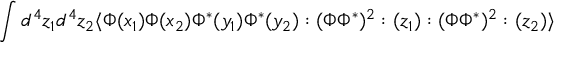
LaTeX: \int d ^ { 4 } z _ { 1 } d ^ { 4 } z _ { 2 } \langle \Phi ( x _ { 1 } ) \Phi ( x _ { 2 } ) \Phi ^ { * } ( y _ { 1 } ) \Phi ^ { * } ( y _ { 2 } ) : ( \Phi \Phi ^ { * } ) ^ { 2 } : ( z _ { 1 } ) : ( \Phi \Phi ^ { * } ) ^ { 2 } : ( z _ { 2 } ) \rangle